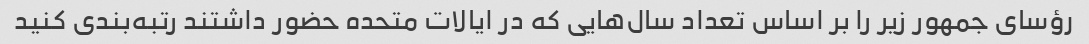
رؤسای جمهور زیر را بر اساس تعداد سال‌هایی که در ایالات متحده حضور داشتند رتبه‌بندی کنید